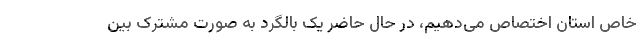
خاص استان اختصاص می‌دهیم، در حال حاضر یک بالگرد به صورت مشترک بین